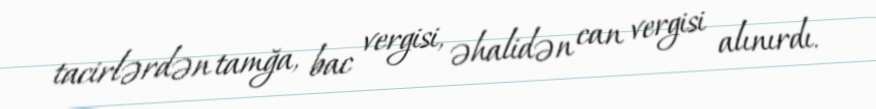
tacirlərdən tamğa, bac vergisi, əhalidən can vergisi alınırdı.